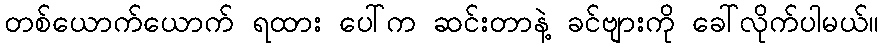
တစ်ယောက်ယောက် ရထား ပေါ်က ဆင်းတာနဲ့ ခင်ဗျားကို ခေါ်လိုက်ပါမယ်။